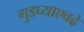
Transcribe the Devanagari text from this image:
गुडघ्याएवढे